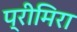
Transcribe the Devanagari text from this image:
प्रीमिरा